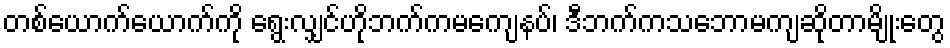
တစ်ယောက်ယောက်ကို ရွေးလျှင်ဟိုဘက်ကမကျေနပ်၊ ဒီဘက်ကသဘောမကျဆိုတာမျိုးတွေ